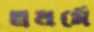
স্বধর্মে